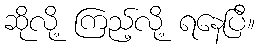
ဆိုလို့ ကြည့်လို့ ရနေပြီ။